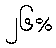
၂၆%